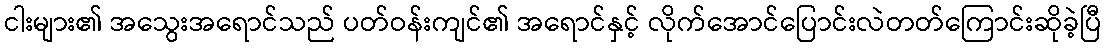
ငါးများ၏ အသွေးအရောင်သည် ပတ်ဝန်းကျင်၏ အရောင်နှင့် လိုက်အောင်ပြောင်းလဲတတ်ကြောင်းဆိုခဲ့ပြီ